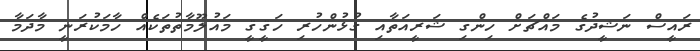
ރައީސް ނަޝީދުގެ މައްޗަށް ހިންގި ޝަރީއަތާއި ގުޅުންހުރި ހަޤީޤީ މައުލޫމާތުތަކެއް ހާމަކުރަނީ މާދަމާ